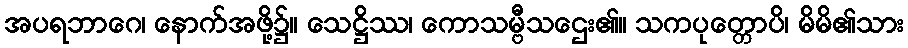
အပရဘာဂေ၊ နောက်အဖို့၌။ သေဋ္ဌိဿ၊ ကောသမ္ဗီသဌေး၏။ သကပုတ္တောပိ၊ မိမိ၏သား